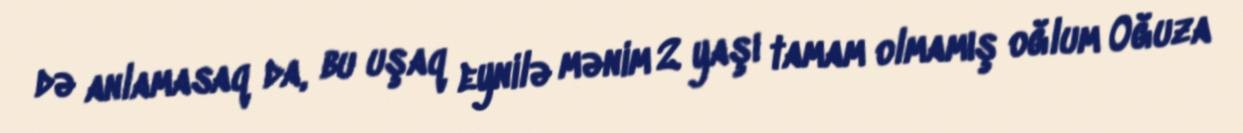
də anlamasaq da, bu uşaq eynilə mənim 2 yaşı tamam olmamış oğlum Oğuza